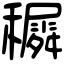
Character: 𥣡